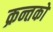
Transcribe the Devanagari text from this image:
क्रन्तकों